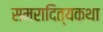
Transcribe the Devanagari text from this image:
समरादित्यकथा